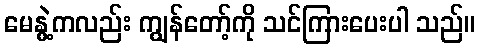
မေနွဲ့ကလည်း ကျွန်တော့်ကို သင်ကြားပေးပါ သည်။